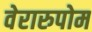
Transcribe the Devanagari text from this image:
वेरारुपोम